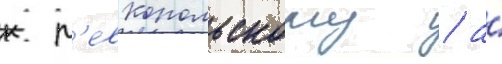
к л'евкопольскому / а́